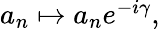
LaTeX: \begin{array}{r}{a_{n}\mapsto a_{n}e^{-i\gamma},}\end{array}